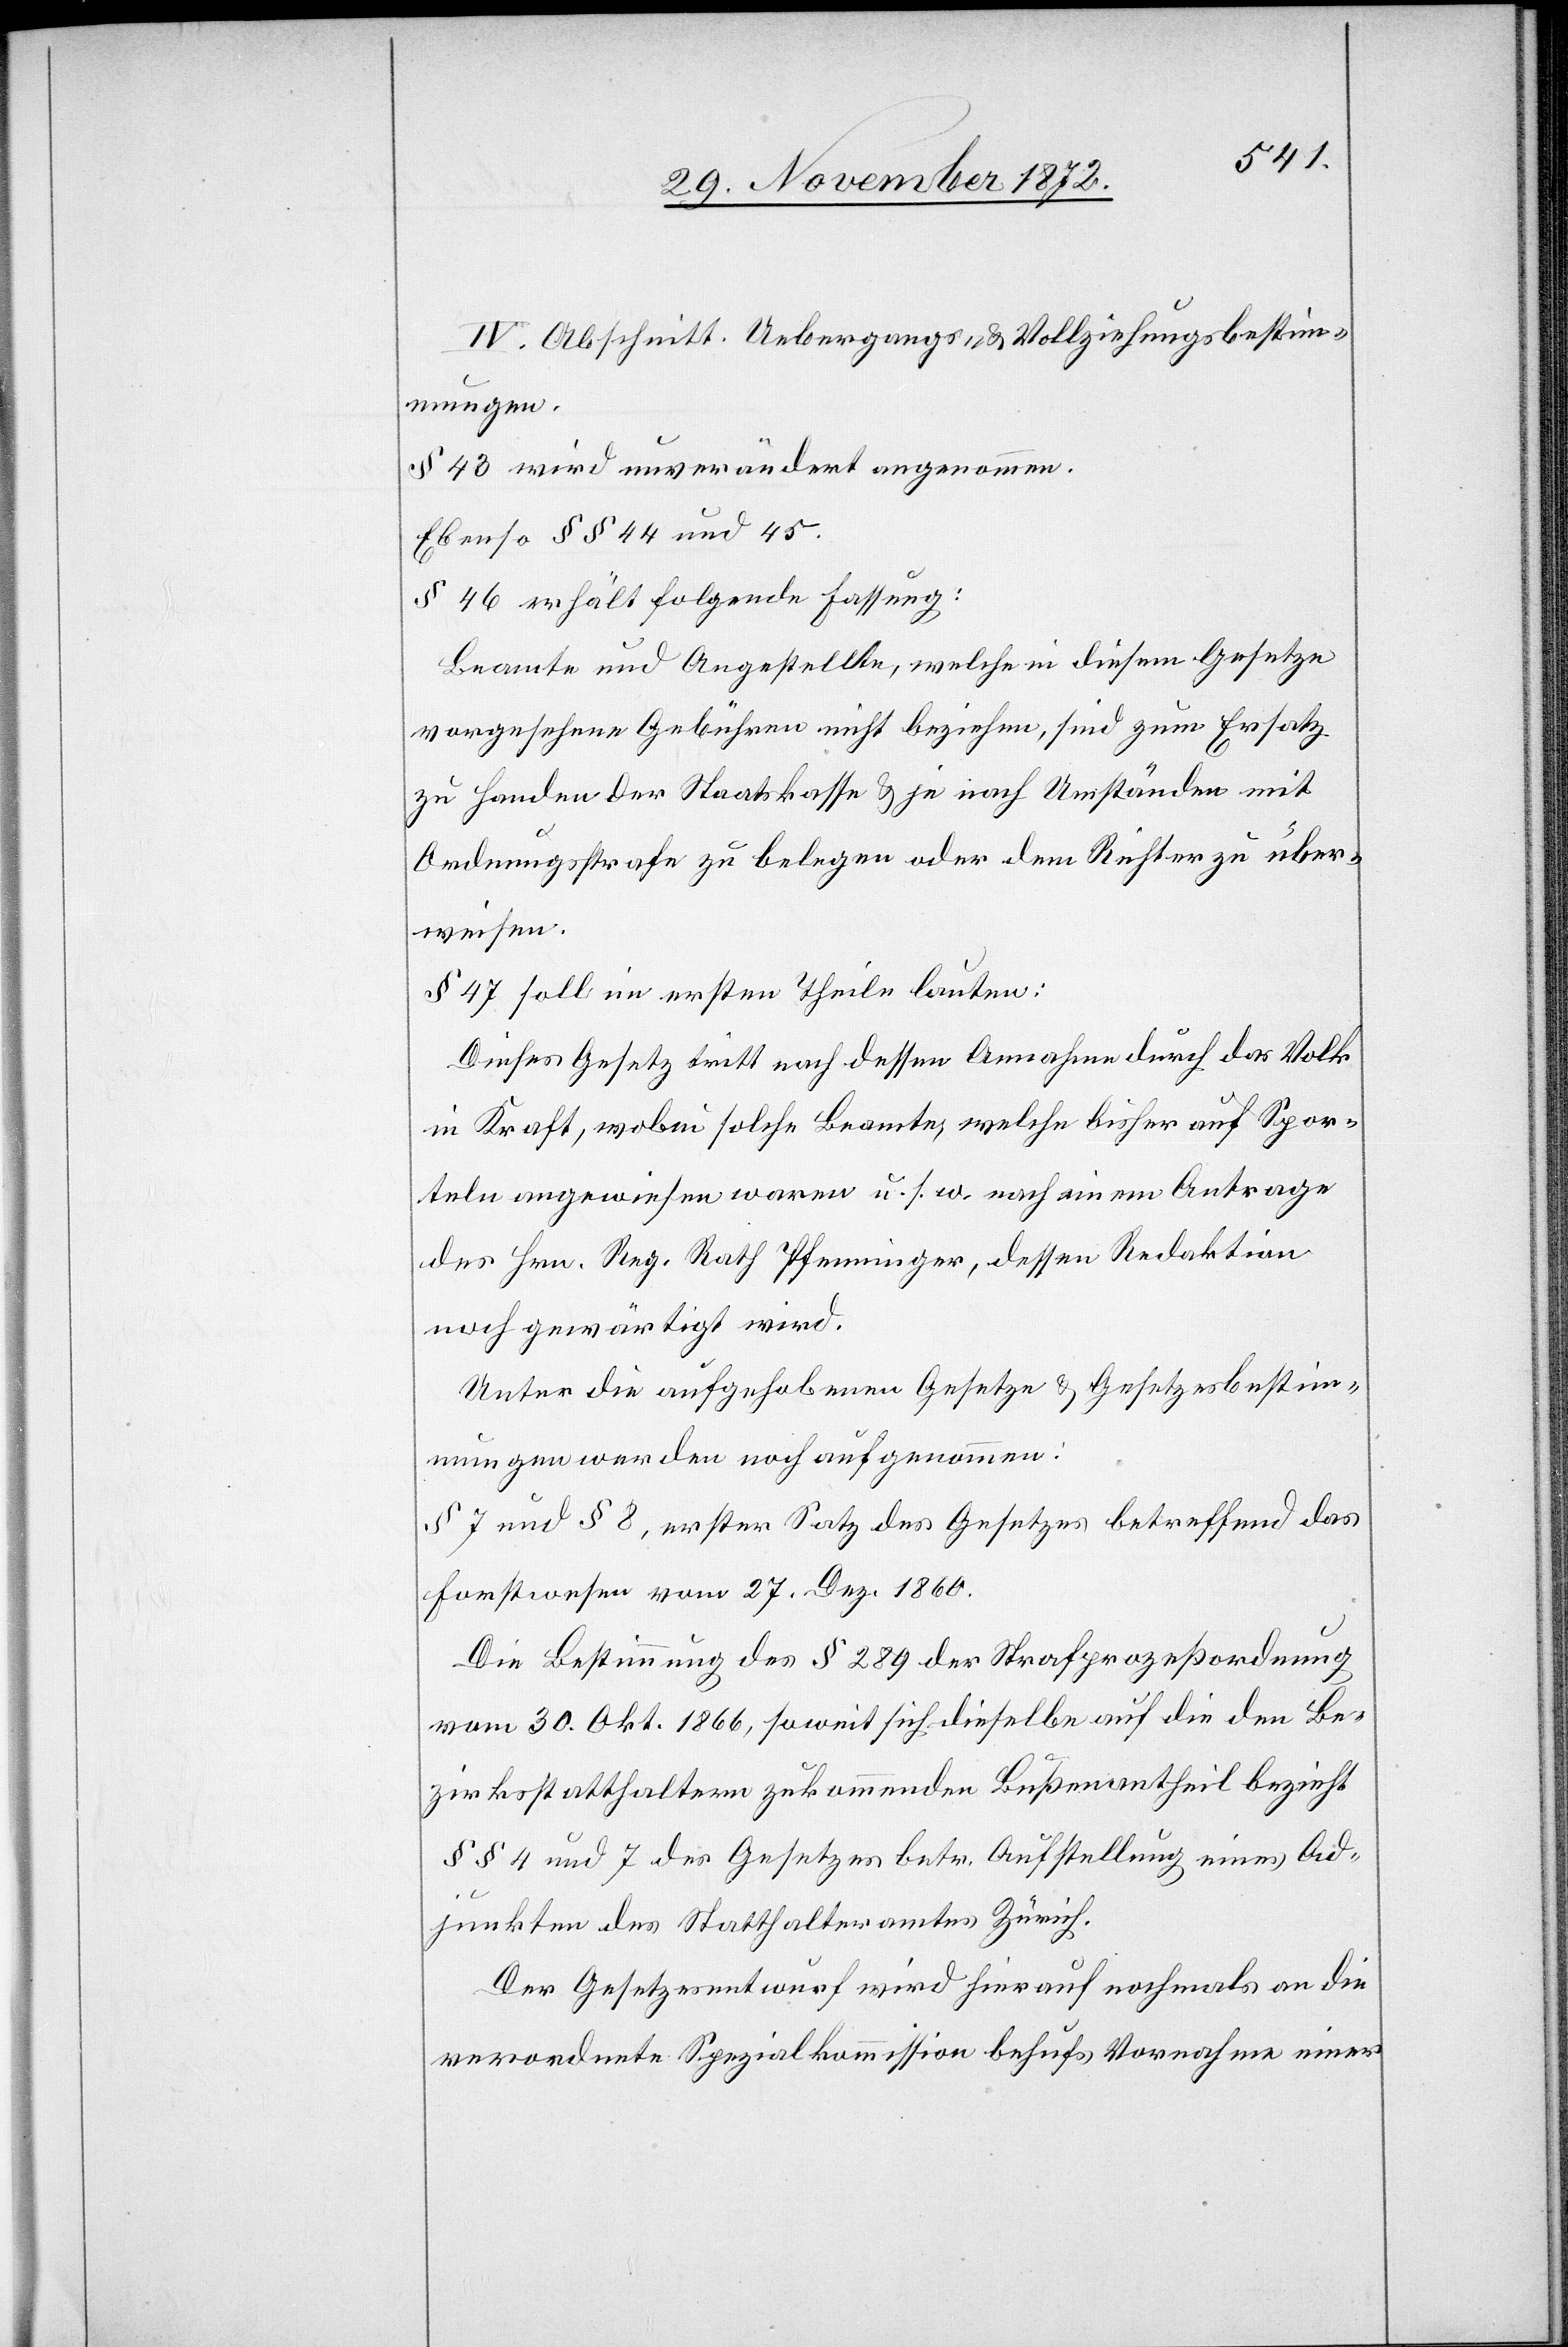
IV. Abschnitt. Uebergangs- u. Vollziehungsbestim¬
mungen.
§ 43 wird unverändert angenommen.
Ebenso §§ 44 und 45.
§ 46 erhält folgende Fassung:
Beamte und Angestellte, welche in diesem Gesetze
vorgesehene Gebühren nicht beziehen, sind zum Ersatz
zu Handen der Staatskasse u. je nach Umständen mit
Ordnungsstrafe zu belegen oder dem Richter zu über¬
weisen.
§ 47 soll im ersten Theile lauten:
Dieses Gesetz tritt nach dessen Annahme durch das Volk
in Kraft, wobei solche Beamte, welche bisher auf Spor¬
teln angewiesen waren u. s. w. nach einem Antrage
des Hrn. Reg. Rath Pfenninger, dessen Redaktion
noch gewärtigt wird.
Unter die aufgehobenen Gesetze u. Gesetzesbestim¬
mungen werden noch aufgenommen:
§ 7 und § 8, erster Satz des Gesetzes betreffend das
Forstwesen vom 27. Dez. 1860.
Die Bestimmung des § 289 der Strafprozeßordnung
vom 30. Okt. 1866, soweit sich dieselbe auf die den Be¬
zirksstatthaltern zukommenden Bußenantheil bezieht
§§ 4 und 7 des Gesetzes betr. Aufstellung eines Ad¬
junkten des Statthalteramtes Zürich.
Der Gesetzesentwurf wird hierauf nochmals an die
verordnete Spezialkommission behufs Vornahme einer